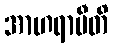
အာဟရာမီတိ